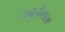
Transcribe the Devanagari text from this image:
कबुलीवाला